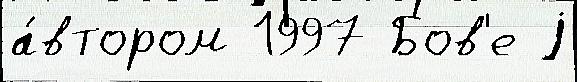
а́втором 1997 Бов'е j